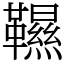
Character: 韅